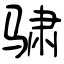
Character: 骕